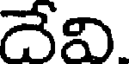
దేవి